Madras plague regulations and rules - Volume 2
Disease focus: Plague
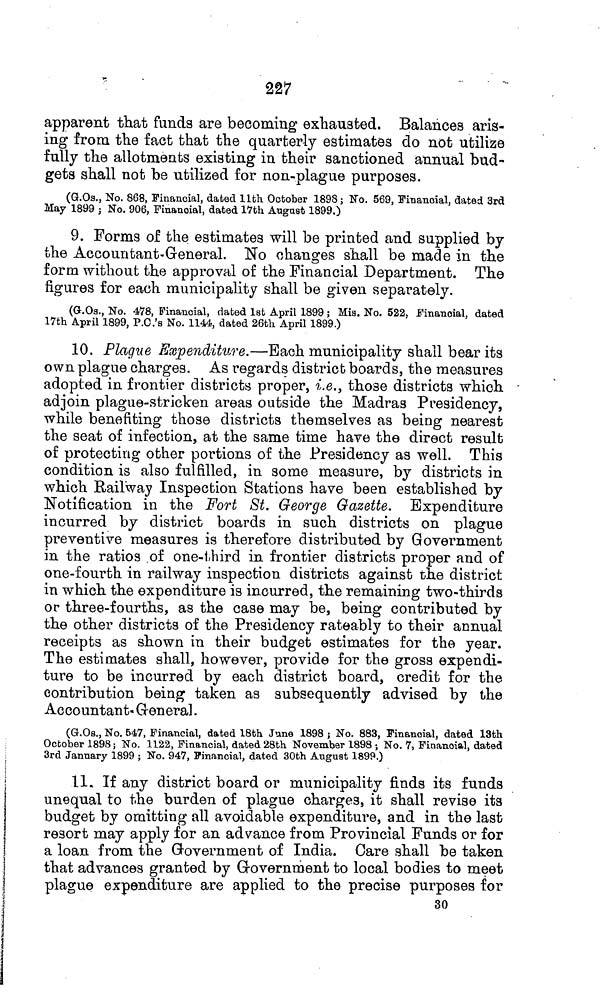
227
apparent that funds are becoming exhausted. Balances aris-
ing from the fact that the quarterly estimates do not utilize
fully the allotments existing in their sanctioned annual bud-
gets shall not be utilized for non-plague purposes.
(G.Os., No. 868, Financial, dated 11th October 1898; No. 569, Financial, dated 3rd
May 1899 ; No. 906, Financial, dated 17th August 1899.)
9. Forms of the estimates will be printed and supplied by
the Accountant-General. No changes shall be made in the
form without the approval of the Financial Department. The
figures for each municipality shall be given separately.
(G-.Os., No. 478, Financial, dated 1st April 1899; Mia. No. 522. Financial, dated
17th April 1899, P.C.'s No. 1144, dated 26th April 1899.)
10. Plague Expenditure.—Bach municipality shall bear its
own plague charges. As regards district boards, the measures
adopted in frontier districts proper, i.e., those districts which
adjoin plague-stricken areas outside the Madras Presidency,
while benefiting those districts themselves as being nearest
the seat of infection, at the same time have the direct result
of protecting other portions of the Presidency as well. This
condition is also fulfilled, in some measure, by districts in
which Railway Inspection Stations have been established by
Notification in the Fort St. George Gazette. Expenditure
incurred by district boards in such districts on plague
preventive measures is therefore distributed by Government
in the ratios of one-third in frontier districts proper and of
one-fourth in railway inspection districts against the district
in which the expenditure is incurred, the remaining two-thirds
or three-fourths, as the case may be, being contributed by
the other districts of the Presidency rateably to their annual
receipts as shown in their budget estimates for the year.
The estimates shall, however, provide for the gross expendi-
ture to be incurred by each district board, credit for the
contribution being taken as subsequently advised by the
Accountant-General.
(G.Os., No. 547, Financial, dated 18th June 1898 ; No. 883, Financial, dated 13th
October 1898 ; No. 1122, Financial, dated 28th November 1898 ; No. 7, Financial, dated
3rd January 1899 ; No. 947, Financial, dated 30th August 1899.)
11. If any district board or municipality finds its funds
unequal to the burden of plague charges, it shall revise its
budget by omitting all avoidable expenditure, and in the last
resort may apply for an advance from Provincial Funds or for
a loan from the Government of India. Care shall be taken
that advances granted by Government to local bodies to meet
plague expenditure are applied to the precise purposes for
30